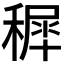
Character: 𥡖